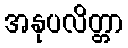
အနုပလိတ္တာ